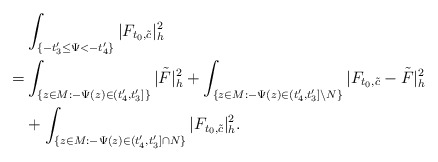
\begin{align*}&\int_{ \{-t'_3\le\Psi<-t'_4\}}|F_{t_0,\tilde{c}}|^2_h\\= & \int_{\{z\in M:-\Psi(z)\in (t'_4,t'_3]\}}|\tilde F|^2_h+\int_{\{z\in M:-\Psi(z)\in (t'_4,t'_3]\backslash N\}}|F_{t_0,\tilde{c}}-\tilde F|^2_h\\&+\int_{ \{z\in M: -\Psi(z)\in(t'_4,t'_3]\cap N\}}|F_{t_0,\tilde{c}}|^2_h.\end{align*}